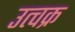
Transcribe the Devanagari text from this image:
उत्चक्र